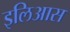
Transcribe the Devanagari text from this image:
इलिआस